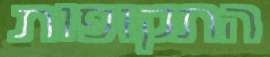
התקופות